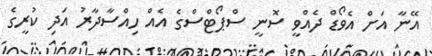
އޭނާ އަށް އެވޯޑް ދެއްވީ ސޮނީ ސްޕޯޓްސްގެ އެއް ހިއްސާދާރު އަދި ކުރީގެ